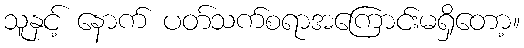
သူနှင့် နောက် ပတ်သက်စရာအကြောင်းမရှိတော့။